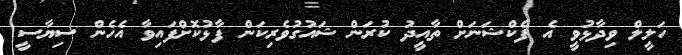
ހަލީލް ވިދާޅުވީ އެ ފެކްޝަނަށް ތާއީދު ކުރަން ޝައުގުވެރިކަން ފާޅުކޮށްފައިވާ އެހެން ސިޔާސީ